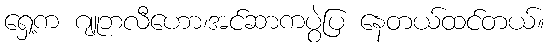
ရှေ့က ဂျူဘလီဟော၊အင်ဆာကပွဲပြ နေတယ်ထင်တယ်။